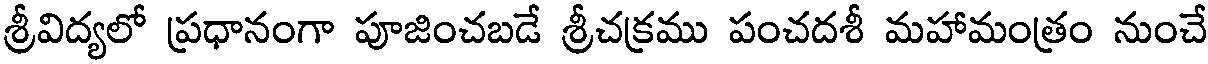
శ్రీవిద్యలో ప్రధానంగా పూజించబడే శ్రీచక్రము పంచదశీ మహామంత్రం నుంచే